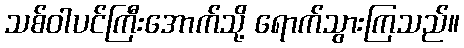
သစ်ဝါပင်ကြီးအောက်သို့ ရောက်သွားကြသည်။